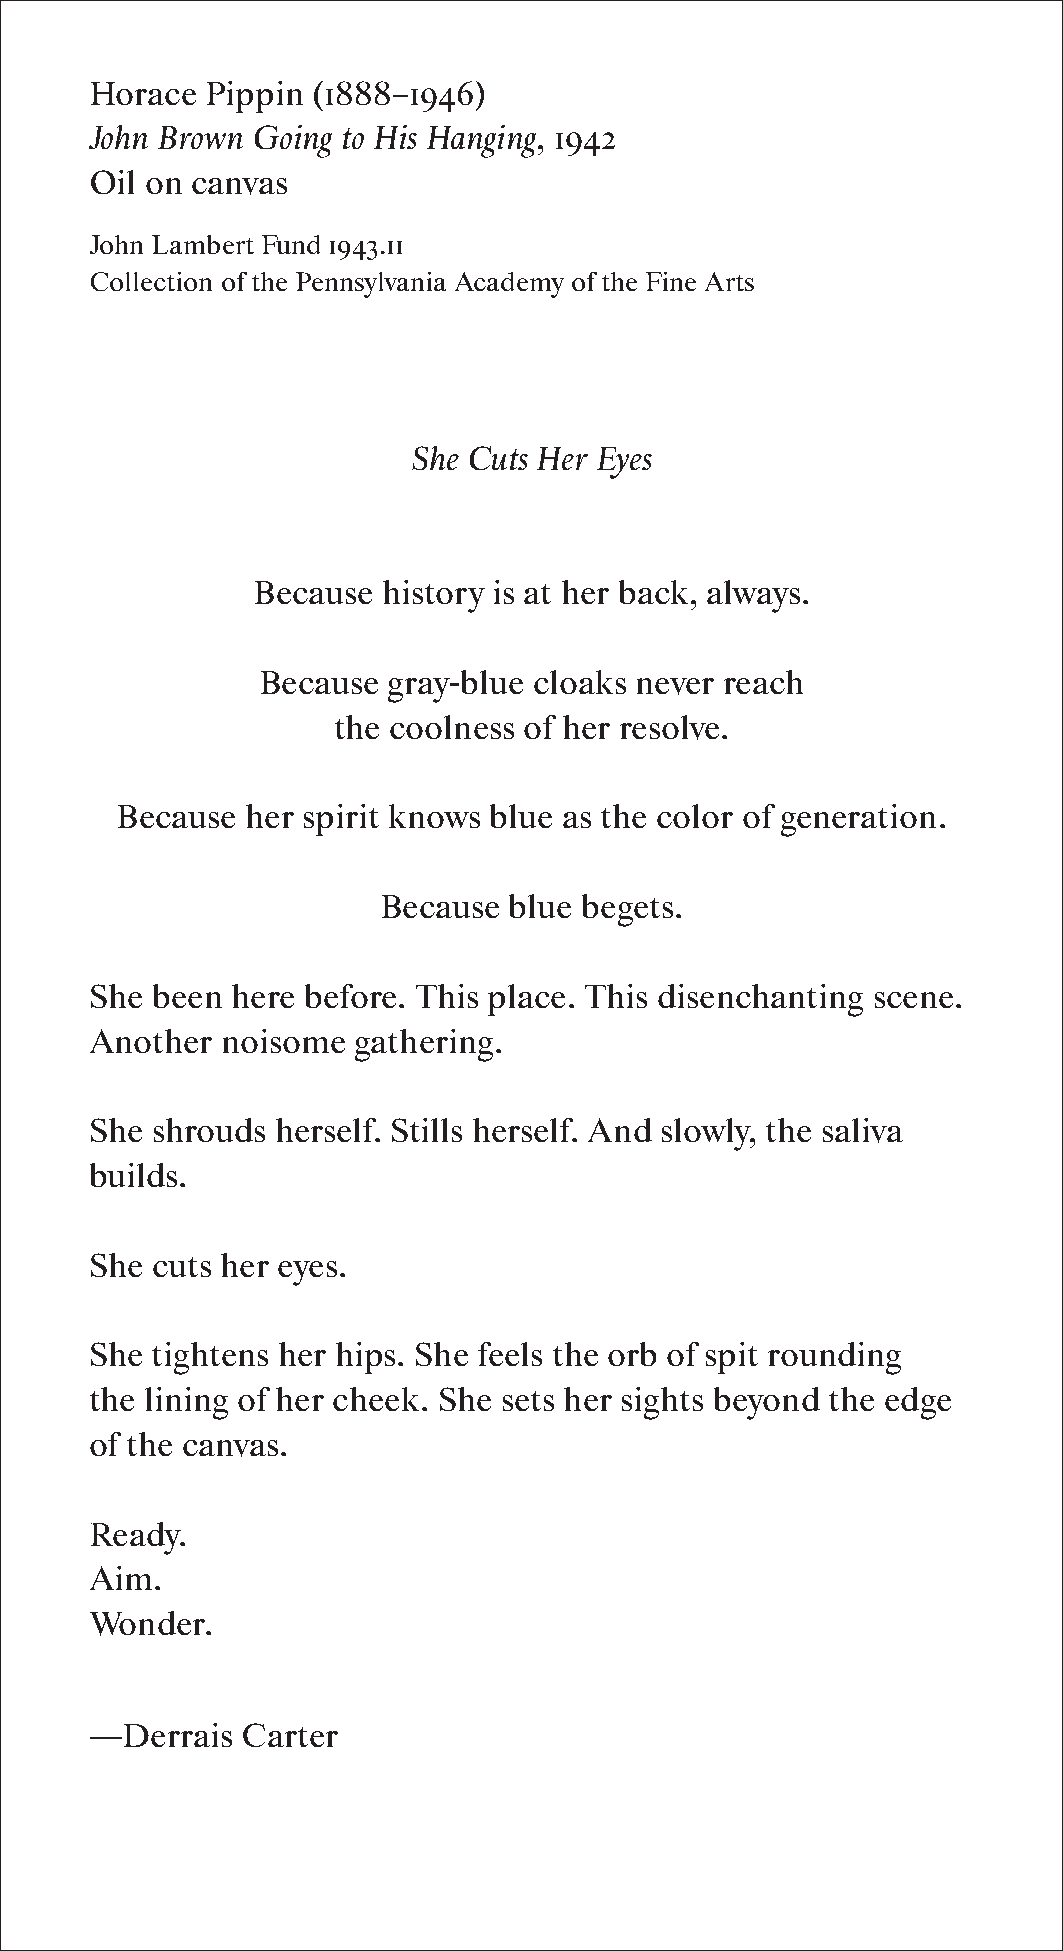
Horace  Pippin (1888–1946)
 John Brown Going to His Hanging, 1942
 Oil on canvas
 John Lambert Fund 1943.11
 Collection of the Pennsylvania Academy of the Fine Arts
 She Cuts Her Eyes
 Because history is at her back, always.
 Because  gray-blue cloaks never reach
 the coolness of her resolve.
 Because her spirit knows blue as the color of generation.
 Because  blue begets.
 She been here before. This place. This disenchanting scene.
 Another  noisome  gathering.
 She shrouds herself. Stills herself. And slowly, the saliva
 builds.
 She cuts her eyes.
 She tightens her hips. She feels the orb of spit rounding
 the lining of her cheek. She sets her sights beyond the edge
 of the canvas.
 Ready.
 Aim.
 Wonder.
 —Derrais  Carter